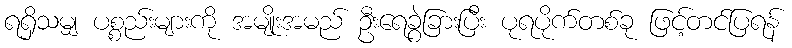
ရရှိသမျှ ပစ္စည်းများကို အမျိုးအမည် ဦးရေခွဲခြားပြီး ပုရပိုက်တစ်ခု ဖြင့်တင်ပြရန်